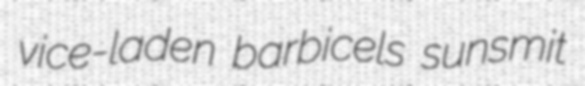
vice-laden barbicels sunsmit